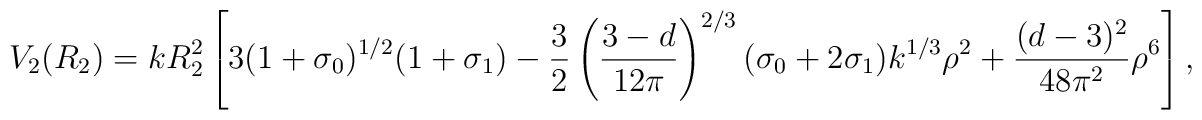
V_2(R_2)= kR_2^2 \left[ 3(1+\sigma_0)^{1/2} (1+\sigma_1)-\frac{3}{2}\left( \frac{3-d}{12\pi} \right)^{2/3} (\sigma_0+2\sigma_1)k^{1/3}\rho^2+ \frac{(d-3)^2}{48\pi^2} \rho^6 \right],